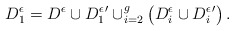
\begin{align*}D_1^\epsilon = D^\epsilon \cup {D_1^\epsilon}' \cup_{i=2}^g \left( D_i^\epsilon \cup {D_i^\epsilon}' \right).\end{align*}